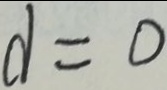
d = 0